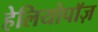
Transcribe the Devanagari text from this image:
हेलियोपॉज़